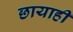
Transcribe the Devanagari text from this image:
छायाही